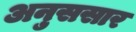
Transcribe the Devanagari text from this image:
अनुससार